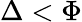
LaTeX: \Delta<\Phi